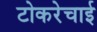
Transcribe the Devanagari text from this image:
टोकरेचाई